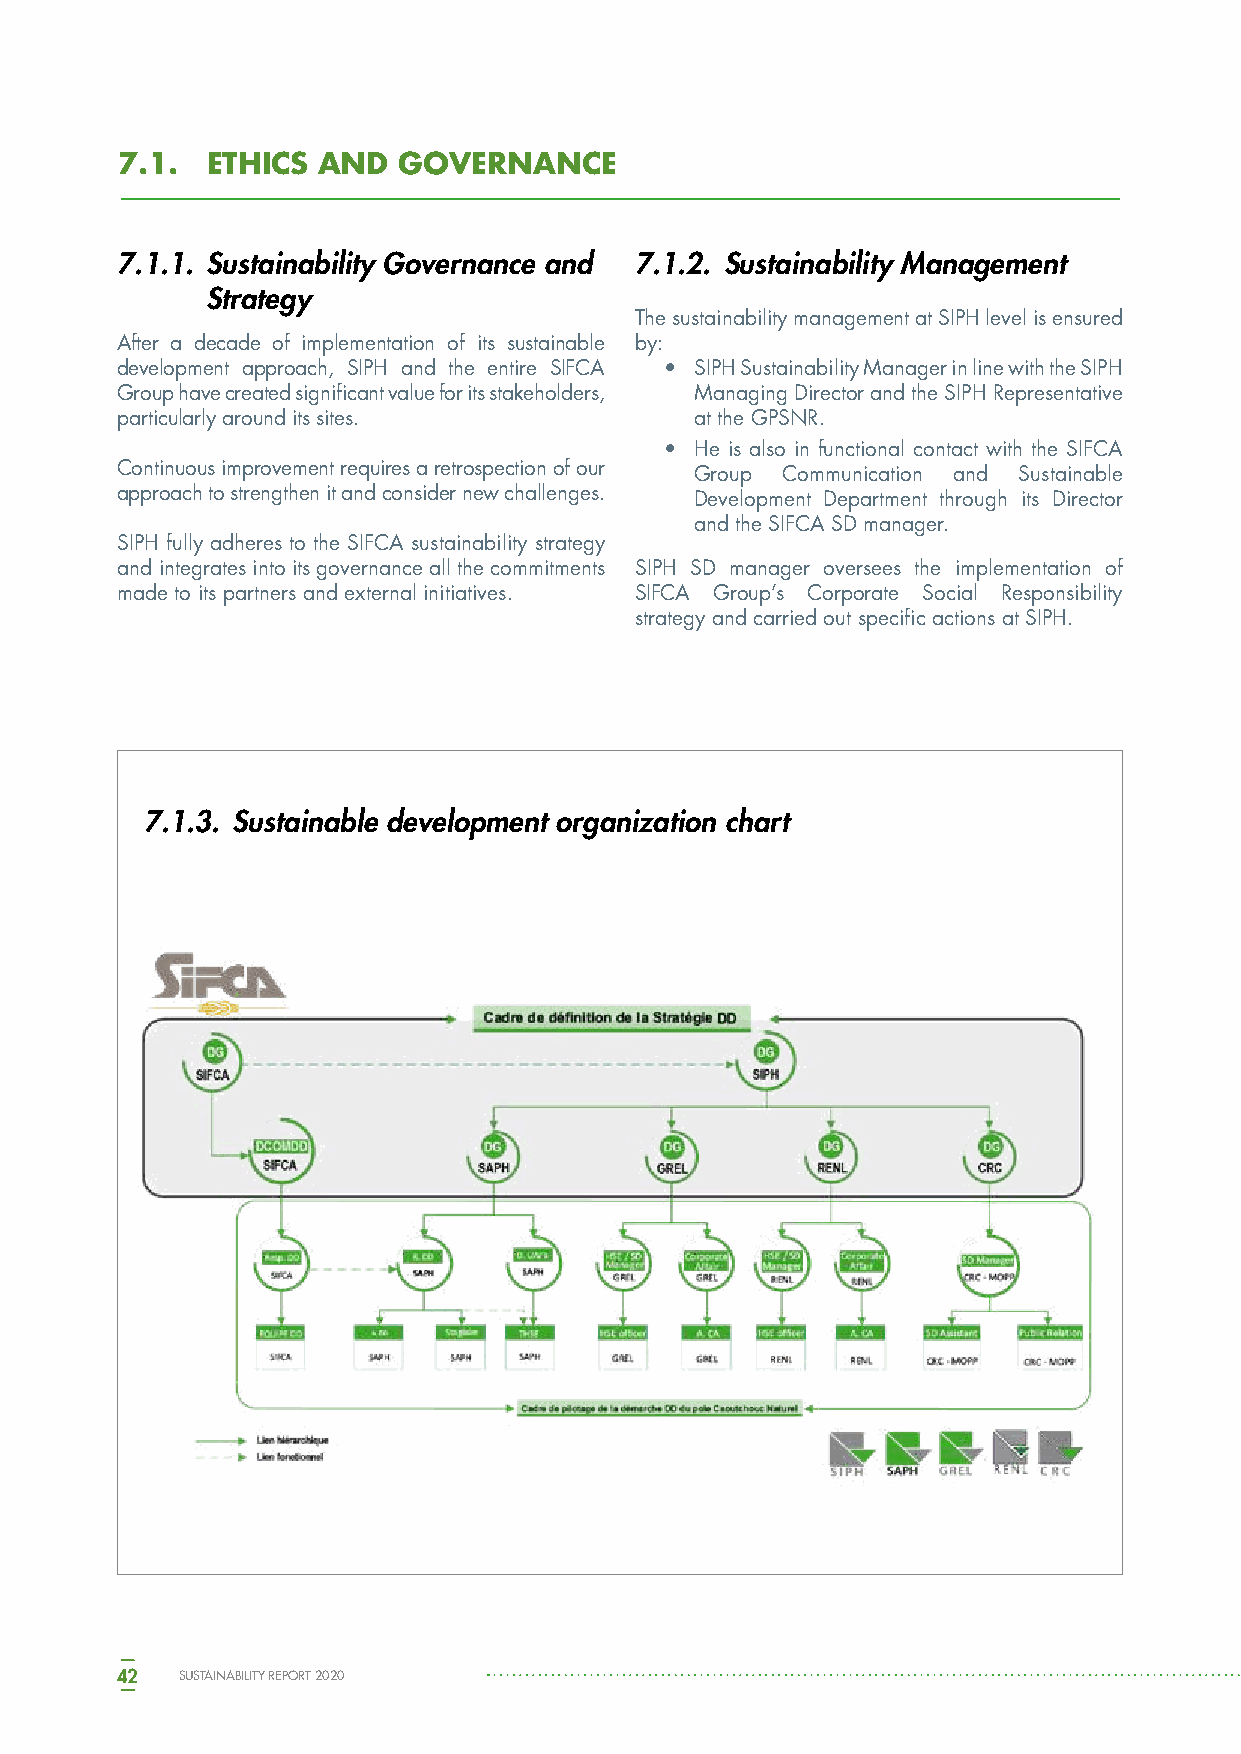
7.1.  ETHICS AND  GOVERNANCE
 7.1.1. Sustainability Governance and 7.1.2. Sustainability Management
 Strategy
 The sustainability management at SIPH level is ensured
 After a decade of implementation of its sustainable by:
 development approach, SIPH and the entire SIFCA • SIPH Sustainability Manager in line with the SIPH
 Group have created significant value for its stakeholders, Managing Director and the SIPH Representative
 particularly around its sites.        at the GPSNR.
 • He is also in functional contact with the SIFCA
 Continuous improvement requires a retrospection of our Group Communication and Sustainable
 approach to strengthen it and consider new challenges. Development Department through its Director
 and the SIFCA SD manager.
 SIPH fully adheres to the SIFCA sustainability strategy
 and integrates into its governance all the commitments SIPH SD manager oversees the implementation of
 made to its partners and external initiatives. SIFCA Group’s Corporate Social Responsibility
 strategy and carried out specific actions at SIPH.
 7.1.3. Sustainable development organization chart
 42  SUSTAINABILITY REPORT 2020